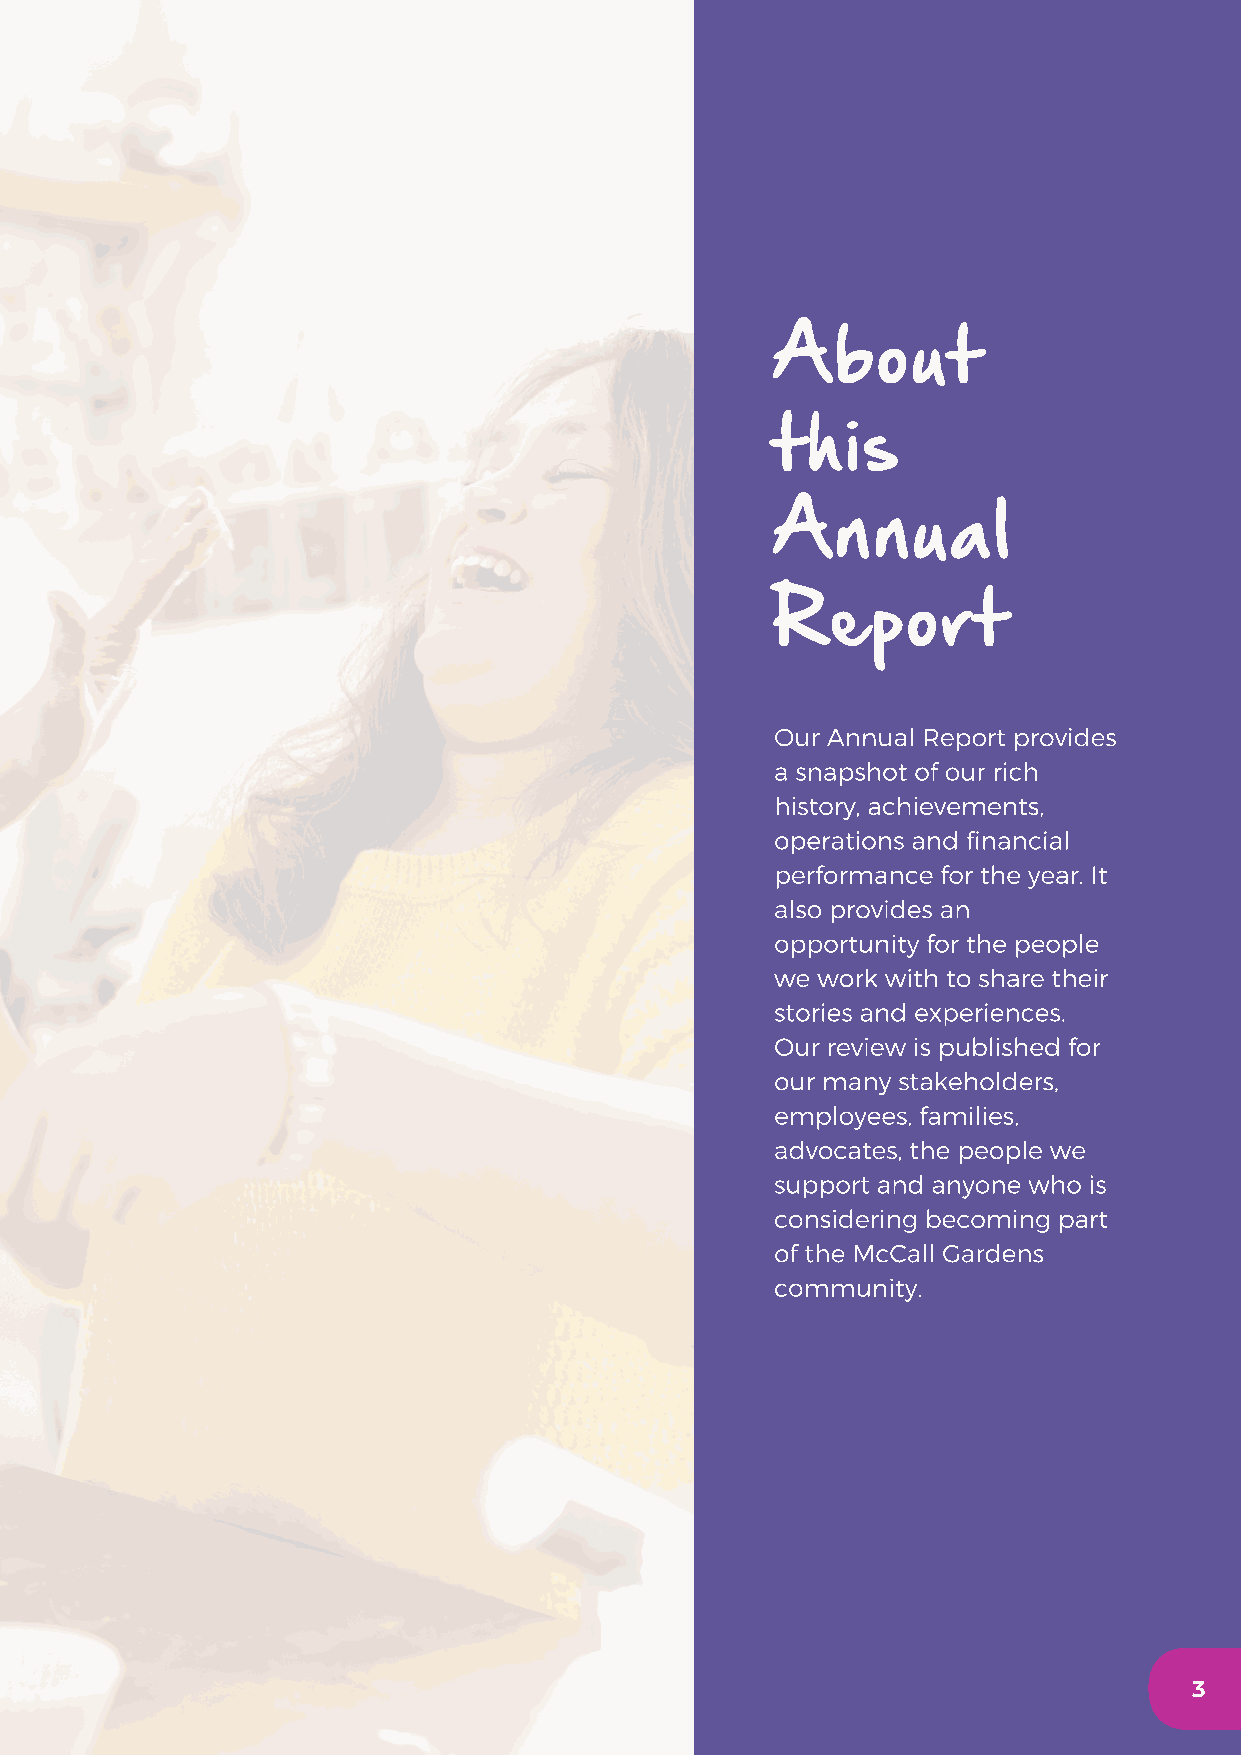
About
 this
 Annual
 Report
 Our Annual Report provides
 a snapshot of our rich
 history, achievements,
 operations and financial
 performance for the year. It
 also provides an
 opportunity for the people
 we work with to share their
 stories and experiences.
 Our review is published for
 our many stakeholders,
 employees, families,
 advocates, the people we
 support and anyone who is
 considering becoming part
 of the McCall Gardens
 community.
 3